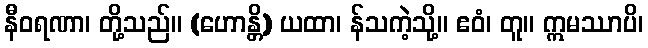
နီဝရဏာ၊ တို့သည်။ (ဟောန္တိ) ယထာ၊ န်သကဲ့သို့။ ဧဝံ၊ တူ။ ဣမဿာပိ၊